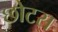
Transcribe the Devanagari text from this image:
छोटस